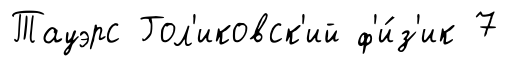
Тауэрс Гол'иковск'ий ф'и́з'ик 7